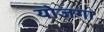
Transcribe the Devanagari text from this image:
योजगा